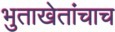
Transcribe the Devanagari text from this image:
भुताखेतांचाच